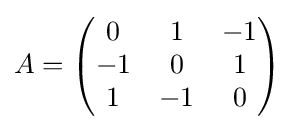
A={\begin{pmatrix}0&1&-1\\-1&0&1\\1&-1&0\end{pmatrix}}